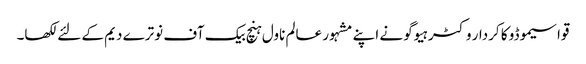
قواسیموڈو کا کردار وکٹر ہیوگو نے اپنے مشہور عالم ناول ہنچ بیک آف نوترے دیم کے لئے لکھا۔